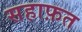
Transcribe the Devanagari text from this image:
सहाफ़त